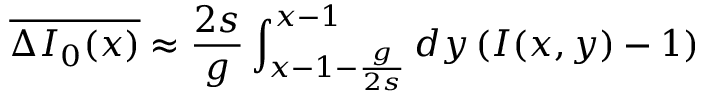
\overline { { \Delta I _ { 0 } ( x ) } } \approx \frac { 2 s } { g } \int _ { x - 1 - \frac { g } { 2 s } } ^ { x - 1 } d y \left( I ( x , y ) - 1 \right)